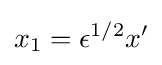
x_{1}=\epsilon ^{1/2}x'